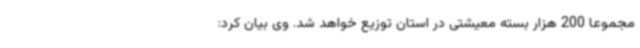
مجموعاً 200 هزار بسته معیشتی در استان توزیع خواهد شد. وی بیان کرد: